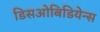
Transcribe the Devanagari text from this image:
डिसओबिडियेन्स